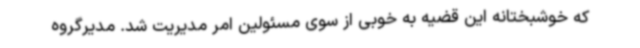
که خوشبختانه این قضیه به خوبی از سوی مسئولین امر مدیریت شد. مدیرگروه